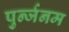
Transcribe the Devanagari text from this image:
पुर्न्जनम